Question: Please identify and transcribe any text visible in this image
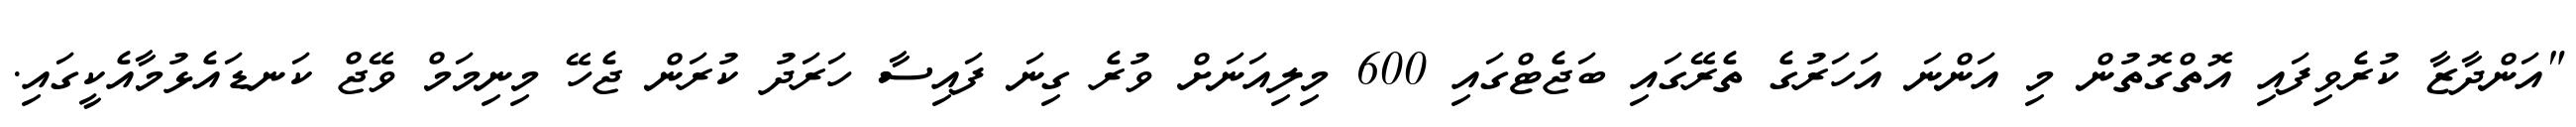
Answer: "އަންދާޒާ ކުރެވިފައި އޮތްގޮތުން މި އަންނަ އަހަރުގެ ތެރޭގައި ބަޖެޓްގައި 600 މިލިއަނަށް ވުރެ ގިނަ ފައިސާ ހަރަދު ކުރަން ޖެހޭ މިނިމަމް ވޭޖް ކަނޑައެޅުމާއެކީގައި.